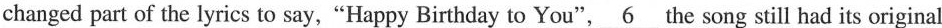
changed part of the lyrics to say,"Happy Birthday to You",\underline{6} the song still had its original